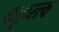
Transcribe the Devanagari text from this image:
वक्तृत्त्व